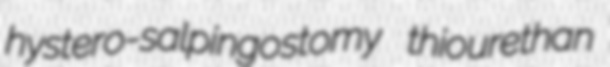
hystero-salpingostomy thiourethan